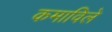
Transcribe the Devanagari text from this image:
कमाविले